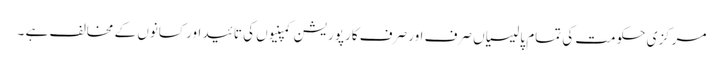
مرکزی حکومت کی تمام پالیسیاں صرف اور صرف کارپوریشن کمپنیوں کی تائید اور کسانوں کے مخالف ہے ۔